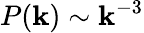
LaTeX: P(\mathbf{k})\sim\mathbf{k}^{-3}